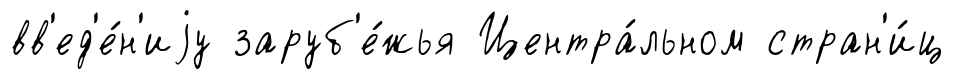
вв'ед'е́н'иjу заруб'е́жья Центра́льном стран'и́ц